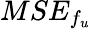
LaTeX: MSE_{f_{u}}